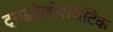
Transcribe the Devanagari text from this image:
ट्राइहैलोएसिटिक